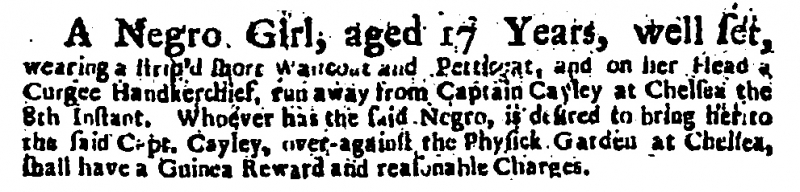
Daily Courant, 16 June 1719 (England)
A Negro Girl, aged 17 Years, well set, wearing a strip’d short Wastcoat and Petticoat, and on her Head a Curgee Handkerchief, run away from Captain Cayley at Chelsea the 8th Instant. Whoever has the said Negro, is desired to bring her to the said Capt. Cayley, over-against the Physick Garden at Chelsea, shall have a Guinea Reward and reasonable Charges.